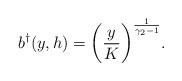
LaTeX: \begin{align*}b^\dag(y,h) = \bigg(\frac{y}{K}\bigg)^{\frac{1}{\gamma_2-1}}.\end{align*}